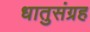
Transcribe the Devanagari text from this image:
धातुसंग्रह